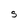
Character: S